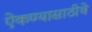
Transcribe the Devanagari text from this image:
ऐकण्यासाठीचे